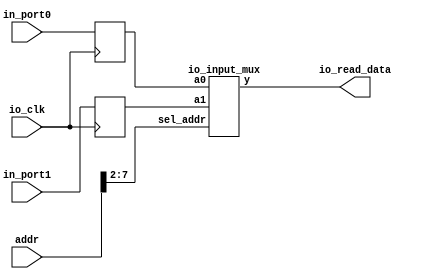
module io_input_reg (addr,io_clk,io_read_data,in_port0,in_port1); 
//inport ioreg 
    input  [31:0]  addr; 
    input          io_clk; 
    input  [31:0]  in_port0,in_port1; 
    output [31:0]  io_read_data; 
 
    reg    [31:0]  in_reg0;     // input port0 
    reg    [31:0]  in_reg1;     // input port1 
 
    io_input_mux io_imput_mux2x32(in_reg0,in_reg1,addr[7:2],io_read_data); 

    always @(posedge io_clk)  
    begin           
        in_reg0 <= in_port0;   //  io_clk            
        in_reg1 <= in_port1;   //  io_clk  
 
            // more ports 
 
    end 
endmodule  
 
 

module io_input_mux(a0,a1,sel_addr,y);     
    input   [31:0]  a0,a1;     
    input   [ 5:0]  sel_addr;     
    output  [31:0]  y;     
    reg     [31:0]  y;         
    always @ *     
    case (sel_addr) 
 
       6'b110000: y = a0;        
       6'b110001: y = a1;               
       // more ports         
       endcase 
endmodule